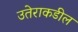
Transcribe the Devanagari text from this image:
उतेराकडील